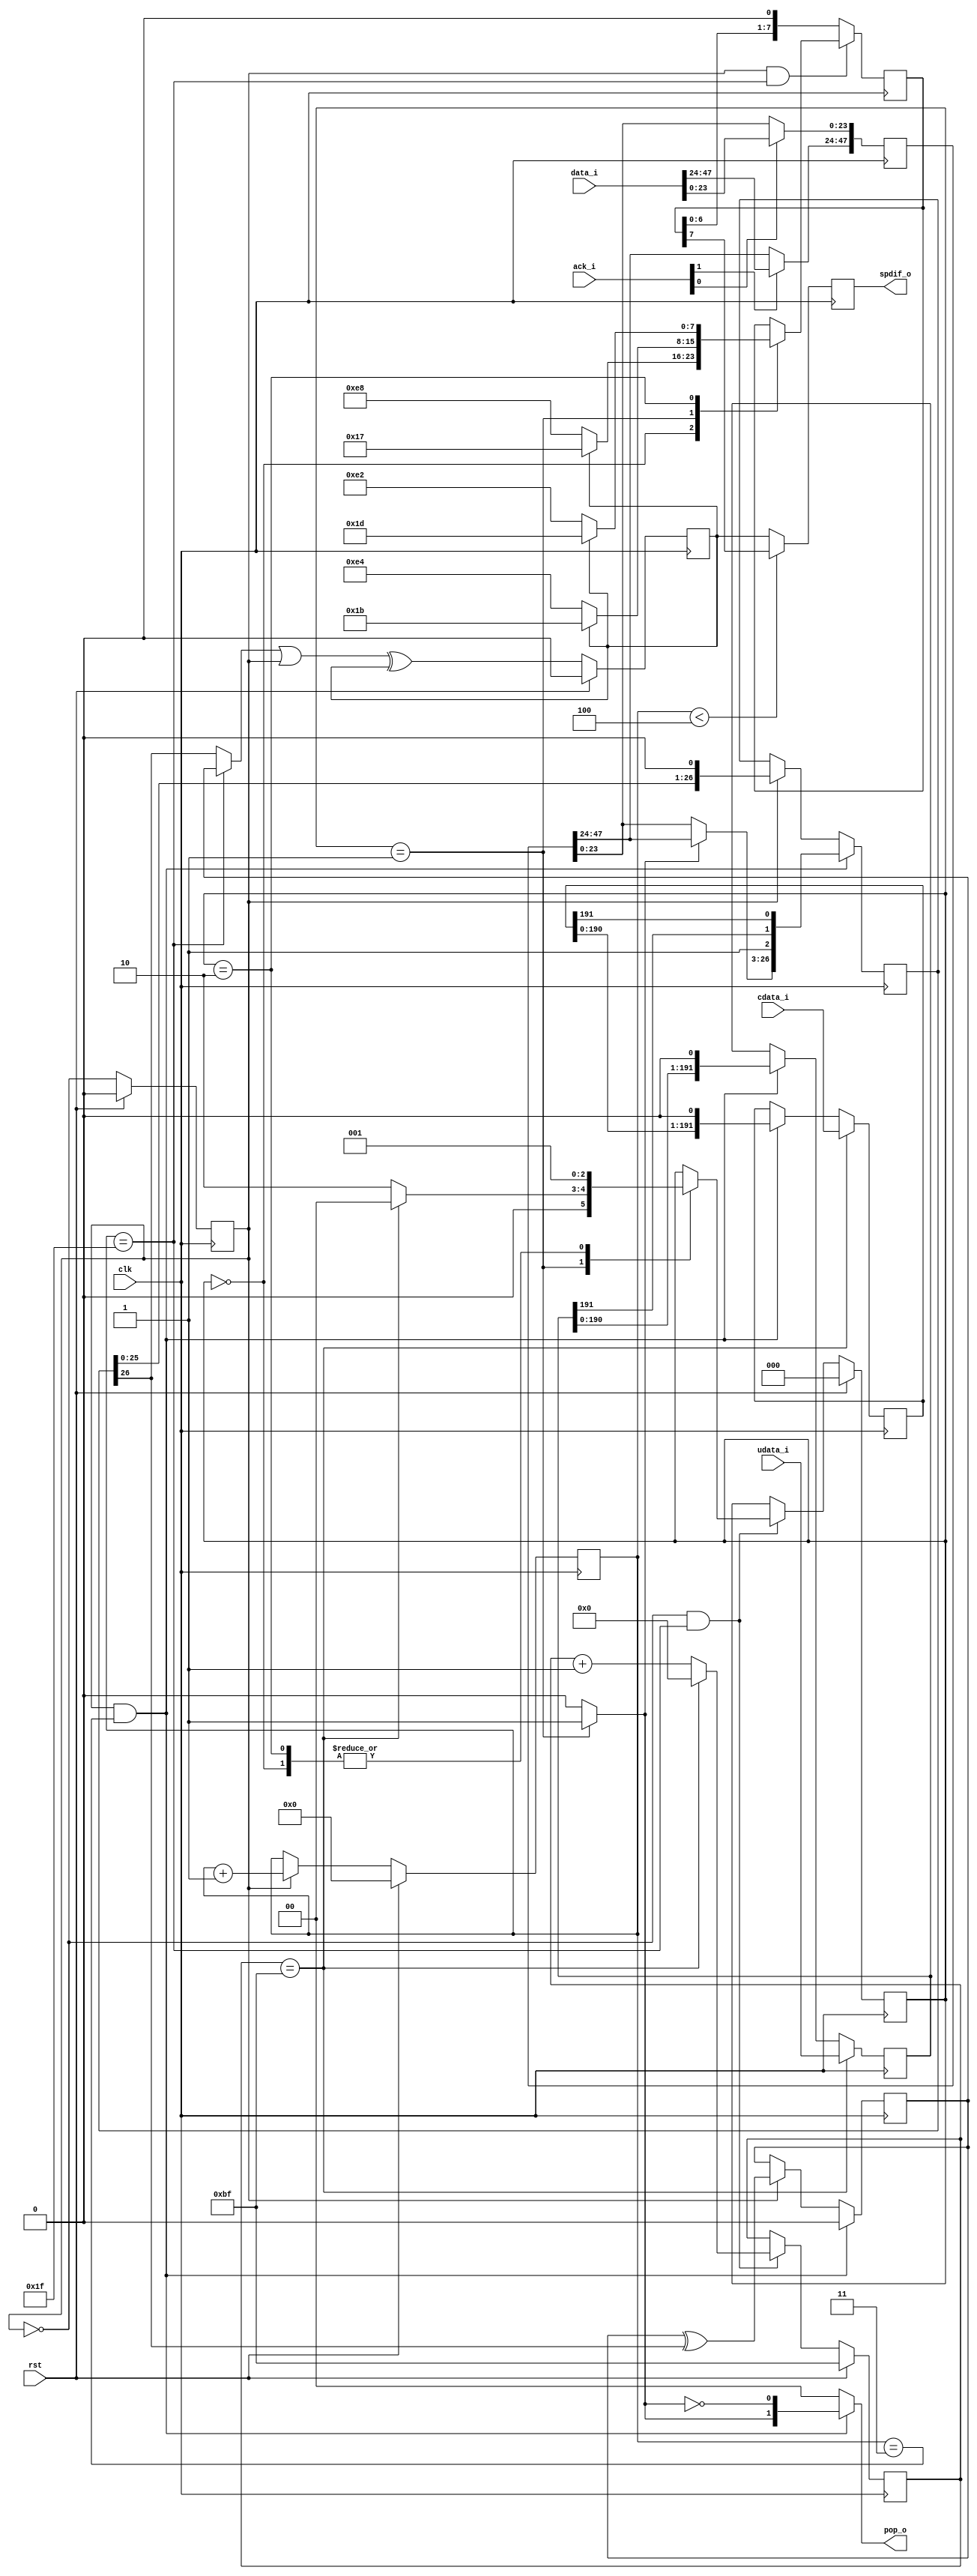
module spdif_tx(
    input wire clk, // 24.576Mhz
    input wire rst,

    input wire [1:0] ack_i,
	input [47:0] data_i,
    output wire [1:0] pop_o,

    input wire [191:0] udata_i,
    input wire [191:0] cdata_i,

    output wire spdif_o
);

reg halfbit_ff;
always @(posedge clk) begin
    if (rst)
        halfbit_ff <= 1'b0;
    else
        halfbit_ff <= ~halfbit_ff;
end
wire halfbit = halfbit_ff;

reg [47:0] data_latch;
always @(posedge clk) begin
    if (ack_i[0])
        data_latch[23:0] <= data_i[23:0];
    if (ack_i[1])
        data_latch[47:24] <= data_i[47:24];
end

parameter SYNCCODE_B0 = 8'b00010111;
parameter SYNCCODE_W0 = 8'b00011011;
parameter SYNCCODE_M0 = 8'b00011101;
parameter SYNCCODE_B1 = ~SYNCCODE_B0;
parameter SYNCCODE_W1 = ~SYNCCODE_W0;
parameter SYNCCODE_M1 = ~SYNCCODE_M0;

reg [4:0] subframe_pos_counter_ff;
always @(posedge clk) begin
    if (rst) begin
        subframe_pos_counter_ff <= 5'd0;
    end else if (halfbit) begin
        subframe_pos_counter_ff <= subframe_pos_counter_ff + 5'd1;
    end
end
wire send_synccode = subframe_pos_counter_ff < 5'd4;
wire send_parity = subframe_pos_counter_ff == 5'd31;
wire prepare_subframe = halfbit & (subframe_pos_counter_ff == 5'd3);
wire prepare_synccode_type = ~halfbit & (subframe_pos_counter_ff == 5'd31);
wire prepare_synccode = halfbit & (subframe_pos_counter_ff == 5'd31);

wire prev_subframe_end;

reg [2:0] synccode_type_ff;
parameter SYNCCODE_TYPE_B = 0;
parameter SYNCCODE_TYPE_W = 1;
parameter SYNCCODE_TYPE_M = 2;
reg [7:0] frame_counter_ff;
wire end_of_frame = frame_counter_ff == 8'd191;
always @(posedge clk) begin
    if (rst) begin
        synccode_type_ff <= SYNCCODE_TYPE_B;
        frame_counter_ff <= 8'd191;
    end else if (prepare_synccode_type) begin
        case (synccode_type_ff)
        SYNCCODE_TYPE_B:
            synccode_type_ff <= SYNCCODE_TYPE_W;
        SYNCCODE_TYPE_W:
            synccode_type_ff <= end_of_frame ? SYNCCODE_TYPE_B : SYNCCODE_TYPE_M;
        SYNCCODE_TYPE_M:
            synccode_type_ff <= SYNCCODE_TYPE_W;
        endcase

        if (end_of_frame)
            frame_counter_ff <= 8'd0;
        else
            frame_counter_ff <= frame_counter_ff + 1;
    end
end
assign pop_ch = (synccode_type_ff == SYNCCODE_TYPE_W) ? 1'b1 : 1'b0;

reg [7:0] synccode_shiftreg;
always @(posedge clk) begin
    if (prepare_synccode) begin
        case (synccode_type_ff)
        SYNCCODE_TYPE_B:
            synccode_shiftreg <= prev_subframe_end ? SYNCCODE_B0 : SYNCCODE_B1;
        SYNCCODE_TYPE_W:
            synccode_shiftreg <= prev_subframe_end ? SYNCCODE_W0 : SYNCCODE_W1;
        SYNCCODE_TYPE_M:
            synccode_shiftreg <= prev_subframe_end ? SYNCCODE_M0 : SYNCCODE_M1;
        endcase
    end else
        synccode_shiftreg <= {synccode_shiftreg[6:0], 1'b0};
end

// FIXME
wire [23:0] data_active = pop_ch ? data_latch[47:24] : data_latch[23:0];

// {User,Control} data
reg [191:0] udata_shiftreg;
reg [191:0] cdata_shiftreg;
always @(posedge clk) begin
    if (end_of_frame)
        udata_shiftreg <= udata_i;
    else if (prepare_subframe)
        udata_shiftreg <= {udata_shiftreg[190:0], 1'b0};

    if (end_of_frame)
        cdata_shiftreg <= cdata_i;
    else if (prepare_subframe)
        cdata_shiftreg <= {cdata_shiftreg[190:0], 1'b0};
end

reg [26:0] subframe_shiftreg;
always @(posedge clk) begin
    if (prepare_subframe) begin
        subframe_shiftreg <= {data_active, 1'b1, udata_shiftreg[191], cdata_shiftreg[191]};
    end else if (halfbit)
        subframe_shiftreg <= {subframe_shiftreg[25:0], 1'b0};
end

wire subframe_bit = subframe_shiftreg[26];

reg parity_ff;
always @(posedge clk) begin
    if (prepare_subframe)
        parity_ff <= 0;
    else if (halfbit)
        parity_ff <= parity_ff ^ subframe_bit;
end
wire parity = parity_ff;

wire subframe_or_parity_bit = send_parity ? parity : subframe_shiftreg[26];

reg encoded_subframe_ff;
always @(posedge clk) begin
    if (rst)
        encoded_subframe_ff <= 0;
    else
        encoded_subframe_ff <= (subframe_or_parity_bit | halfbit) ^ encoded_subframe_ff;
end
wire spdif_tbo = send_synccode ? synccode_shiftreg[7] : encoded_subframe_ff;
assign prev_subframe_end = encoded_subframe_ff;

reg spdif_out_ff;
always @(posedge clk)
    spdif_out_ff <= spdif_tbo;
assign spdif_o = spdif_out_ff;

assign pop_o = prepare_subframe ? {pop_ch, ~pop_ch} : 2'b0;

endmodule